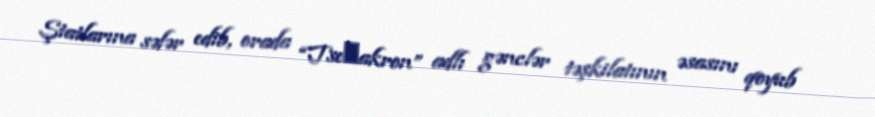
Ştatlarına səfər edib, orada “Tseхakron” adlı gənclər təşkilatının əsasını qoyub